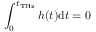
\int _ { 0 } ^ { t _ { \mathrm { T H z } } } h ( t ) \mathrm { d } t = 0